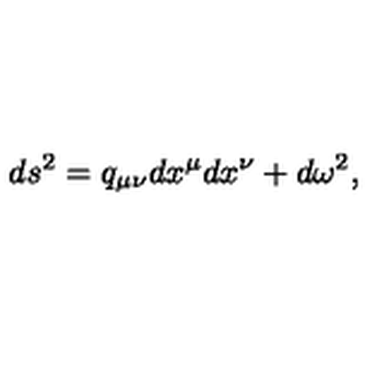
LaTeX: d s ^ { 2 } = q _ { \mu \nu } d x ^ { \mu } d x ^ { \nu } + d \omega ^ { 2 } ,